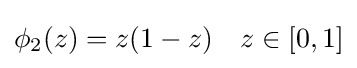
\phi _{2}(z)=z(1-z)\quad z\in [0,1]